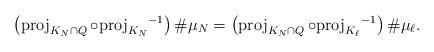
LaTeX: \begin{align*}\begin{aligned} \left( \operatorname{proj}_{K_N \cap Q} \circ {\operatorname{proj}_{K_N}}^{-1} \right) \# \mu_N & = \left( \operatorname{proj}_{K_N \cap Q} \circ {\operatorname{proj}_{K_\ell} }^{-1}\right) \# \mu_\ell.\end{aligned}\end{align*}